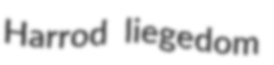
Harrod liegedom